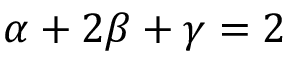
\alpha + 2 \beta + \gamma = 2